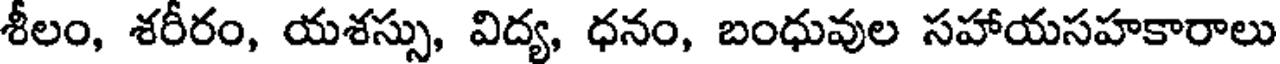
శీలం, శరీరం, యశస్సు, విద్య, ధనం, బంధువుల సహాయసహకారాలు